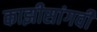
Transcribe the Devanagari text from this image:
काझीसांगवी